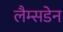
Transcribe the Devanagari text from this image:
लैम्सडेन